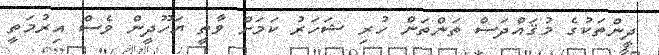
ދީންތަކުގެ މުޤައްދަސް ތަންތަން ހުރި ޝަހަރު ކަމަށް ވާތީ ޔަހޫދީން ވެސް އިރުމަތީ